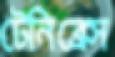
টেনিব্রেস